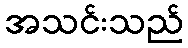
အသင်းသည်